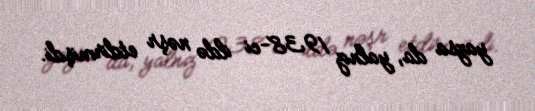
yazsa da, yalnız 1938-ci ildə nəşr etdirmişdi.